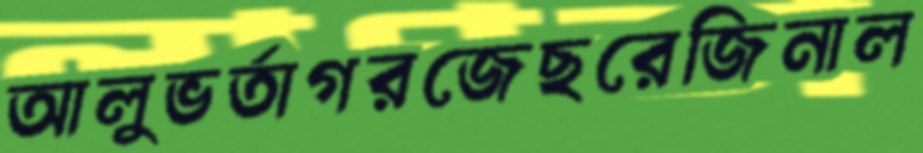
আলুভর্তাগরজেছরেজিনাল